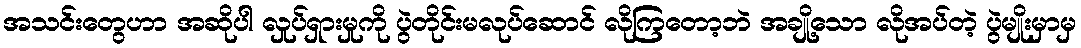
အသင်းတွေဟာ အဆိုပါ လှုပ်ရှားမှုကို ပွဲတိုင်းမလုပ်ဆောင် လိုကြတော့ဘဲ အချို့သော လိုအပ်တဲ့ ပွဲမျိုးမှာမှ